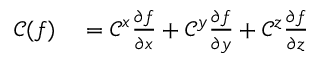
\begin{array} { r l } { \mathcal { C } ( f ) } & { { } = \mathcal { C } ^ { x } \frac { \partial f } { \partial x } + \mathcal { C } ^ { y } \frac { \partial f } { \partial y } + \mathcal { C } ^ { z } \frac { \partial f } { \partial z } } \end{array}